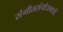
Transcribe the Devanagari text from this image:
संगीतसंयोजनाची